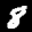
Label: 8